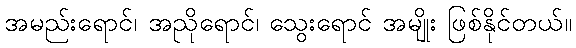
အမည်းရောင်၊ အညိုရောင်၊ သွေးရောင် အမျိုး ဖြစ်နိုင်တယ်။